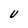
Character: U